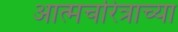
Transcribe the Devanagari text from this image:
आत्मचरित्राच्या